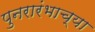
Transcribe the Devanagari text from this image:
पुनरारंभाच्या